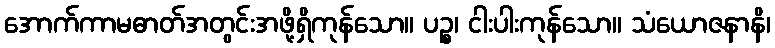
အောက်ကာမဓာတ်အတွင်းအဖို့ရှိကုန်သော။ ပဉ္စ၊ ငါးပါးကုန်သော။ သံယောဇနာနိ၊